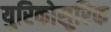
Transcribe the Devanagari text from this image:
युरिकोसुरिक